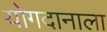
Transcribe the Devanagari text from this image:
योगदानाला